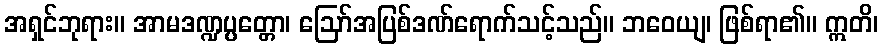
အရှင်ဘုရား။ အာမဒဏ္ဍပ္ပတ္တော၊ ဩော်အပြစ်ဒဏ်ရောက်သင့်သည်။ ဘဝေယျ၊ ဖြစ်ရာ၏။ ဣတိ၊